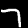
Label: 7